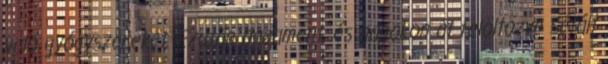
való gyógyszereket. Ezután hazament, és napokon át felöltözve sétált